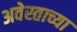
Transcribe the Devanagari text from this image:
अवेस्ताच्या